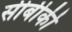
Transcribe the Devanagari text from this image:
सीबीकी